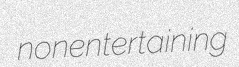
nonentertaining